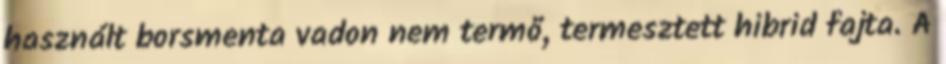
használt borsmenta vadon nem termő, termesztett hibrid fajta. A